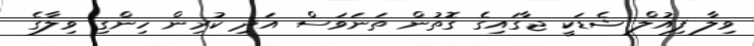
ވިލާ ފިއުލް ޝެޑަކީ ޖާގައިގެ ގޮތުން ތަނަވަސް އަދި ކުރިން ހިންގި ވިލާގެ